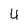
Character: U